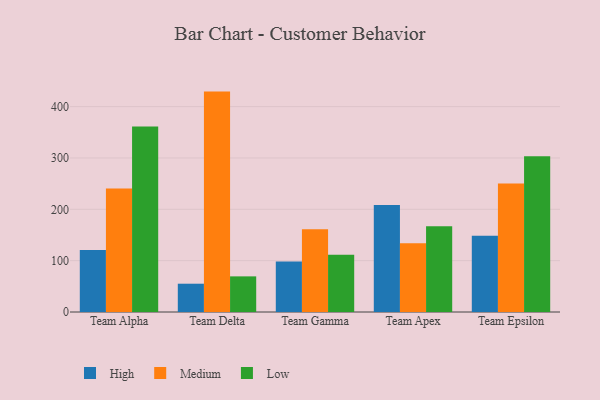
{"axis": {"x": "Team", "y": "Shipments"}, "legend": ["High", "Low", "Medium"], "data": [{"x": "Team Alpha", "y": 121.0, "type": "High"}, {"x": "Team Alpha", "y": 240.6, "type": "Medium"}, {"x": "Team Alpha", "y": 361.3, "type": "Low"}, {"x": "Team Delta", "y": 55.1, "type": "High"}, {"x": "Team Delta", "y": 429.3, "type": "Medium"}, {"x": "Team Delta", "y": 69.4, "type": "Low"}, {"x": "Team Gamma", "y": 98.4, "type": "High"}, {"x": "Team Gamma", "y": 161.0, "type": "Medium"}, {"x": "Team Gamma", "y": 111.6, "type": "Low"}, {"x": "Team Apex", "y": 208.6, "type": "High"}, {"x": "Team Apex", "y": 133.9, "type": "Medium"}, {"x": "Team Apex", "y": 166.9, "type": "Low"}, {"x": "Team Epsilon", "y": 148.4, "type": "High"}, {"x": "Team Epsilon", "y": 250.3, "type": "Medium"}, {"x": "Team Epsilon", "y": 303.6, "type": "Low"}]}